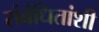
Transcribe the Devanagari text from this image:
संबंधितांशी